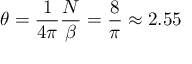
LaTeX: \theta = \frac { 1 } { 4 \pi } \frac { N } { \beta } = \frac { 8 } { \pi } \approx 2 . 5 5